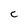
Character: c